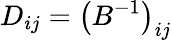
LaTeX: D_{ij}={\left(B^{-1}\right)}_{ij}